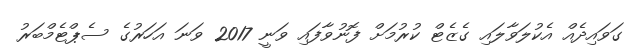
ގަވައިދެއް އެކުލަވާލައި ގެޒެޓް ކުރުމަށް ފޮނުވާފައި ވަނީ 2017 ވަނަ އަހަރުގެ ސެޕްޓެމްބަރު